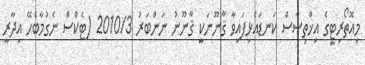
މިއޮތޯރިޓީގެ އިޚްތިޞާސް ކަނޑައެޅިފައިވާ ޤާނޫނަކީ ޤާނޫނު ނަންބަރު 2010/3 (ޓެކްސް ނެގުމާބެހޭ އިދާރީ